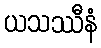
ယသဿီနံ